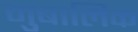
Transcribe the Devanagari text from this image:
मुबालिक